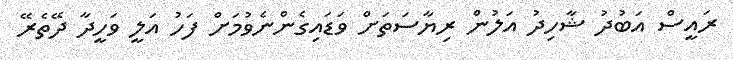
ރައީސް އަބުދު ޝާހިދު އަލުން ރިޔާސަތަށް ވަޑައިގެންނެވުމަށް ފަހު އަލީ ވަހީދާ ދޭތެރޭ